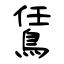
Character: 鵀